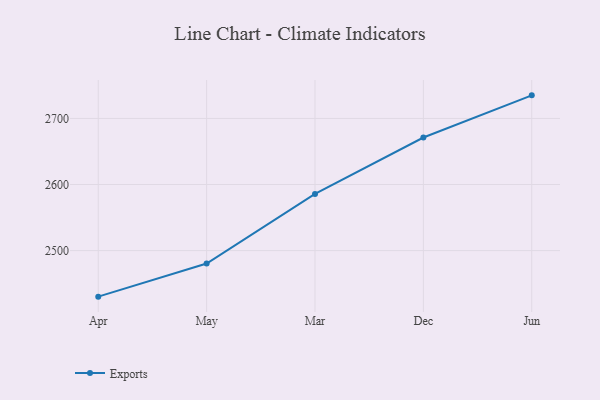
{"axis": {"x": "Month", "y": "Tickets Resolved"}, "legend": ["Exports"], "data": [{"x": "Apr", "y": 2430.3, "type": "Exports"}, {"x": "May", "y": 2480.4, "type": "Exports"}, {"x": "Mar", "y": 2585.7, "type": "Exports"}, {"x": "Dec", "y": 2671.1, "type": "Exports"}, {"x": "Jun", "y": 2734.9, "type": "Exports"}]}